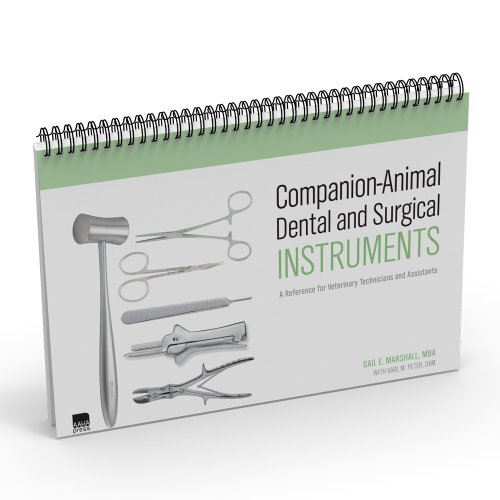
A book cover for Companion-Animal Dental and Surgical Instruments: A Reference for Veterinary Technicians and Assistants; Gail E. Marshall MBA; Medical Books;